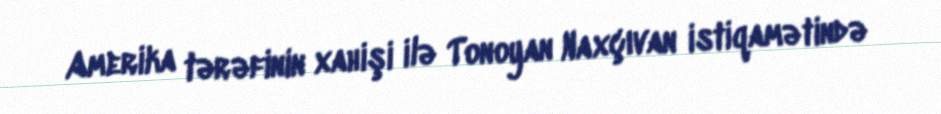
Amerika tərəfinin xahişi ilə Tonoyan Naxçıvan istiqamətində